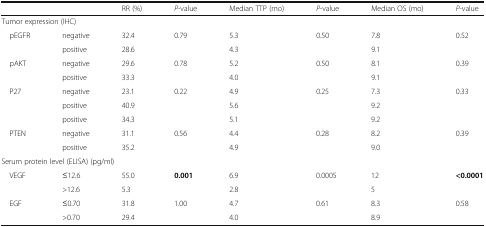
|  |  | RR (%) | P-value | Median TTP (mo) | P-value | Median OS (mo) | P-value |
 | --- | --- | --- | --- | --- | --- | --- | --- |
 | <COLSPAN=8> Tumor expression (IHC) |
 | <ROWSPAN=2> pEGFR | negative | 32.4 | 0.79 | 5.3 | 0.50 | 7.8 | 0.52 |
 | positive | 28.6 |  | 4.3 |  | 9.1 |  |
 | <ROWSPAN=2> pAKT | negative | 29.6 | 0.78 | 5.2 | 0.50 | 8.1 | 0.39 |
 | positive | 33.3 |  | 4.0 |  | 9.1 |  |
 | <ROWSPAN=3> P27 | negative | 23.1 | 0.22 | 4.9 | 0.25 | 7.3 | 0.33 |
 | positive | 40.9 |  | 5.6 |  | 9.2 |  |
 | positive | 34.3 |  | 5.1 |  | 9.2 |  |
 | <ROWSPAN=2> PTEN | negative | 31.1 | 0.56 | 4.4 | 0.28 | 8.2 | 0.39 |
 | positive | 35.2 |  | 4.9 |  | 9.0 |  |
 | <COLSPAN=8> Serum protein level (ELISA) (pg/ml) |
 | <ROWSPAN=2> VEGF | ≤12.6 | 55.0 | 0.001 | 6.9 | 0.0005 | 12 | <0.0001 |
 | >12.6 | 5.3 |  | 2.8 |  | 5 |  |
 | <ROWSPAN=2> EGF | ≤0.70 | 31.8 | 1.00 | 4.7 | 0.61 | 8.3 | 0.58 |
 | >0.70 | 29.4 |  | 4.0 |  | 8.9 |  |